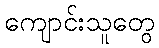
ကျောင်းသူတွေ